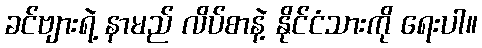
ခင်ဗျားရဲ့ နာမည် လိပ်စာနဲ့ နိုင်ငံသားကို ရေးပါ။